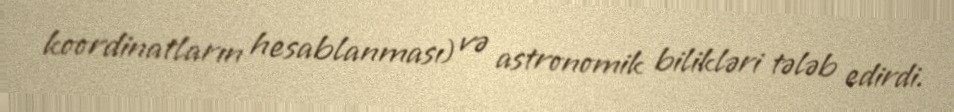
koordinatların hesablanması) və astronomik bilikləri tələb edirdi.